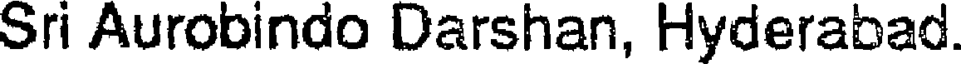
Sri Aurobindo Darshan, Hyderabad.